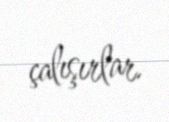
çalışırlar.